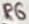
Text: R6